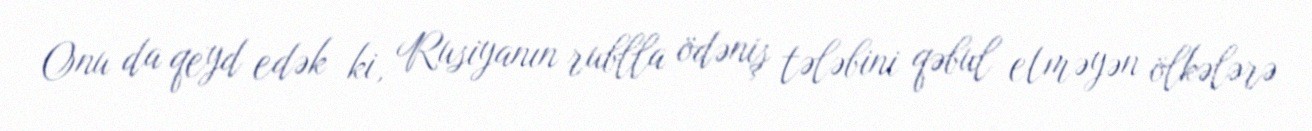
Onu da qeyd edək ki, Rusiyanın rublla ödəniş tələbini qəbul etməyən ölkələrə